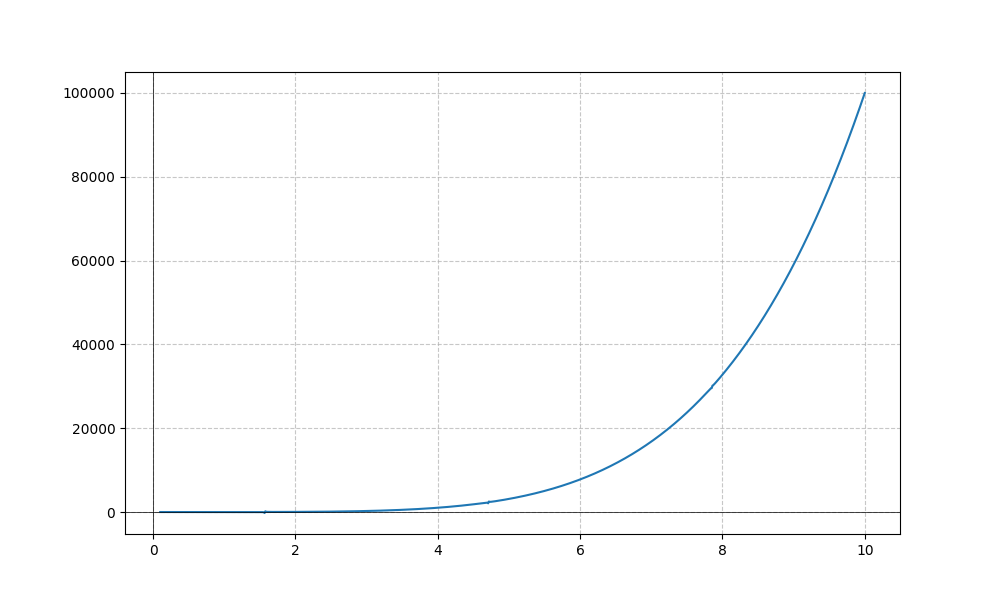
LaTeX formula: x^{5} - \tan{\left(x \right)}